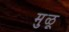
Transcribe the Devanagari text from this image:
मुळू